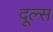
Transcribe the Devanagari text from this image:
दूल्स